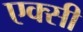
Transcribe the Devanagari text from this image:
एक्सी